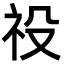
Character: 祋